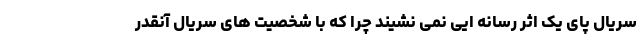
سریال پای یک اثر رسانه ایی نمی نشیند چرا که با شخصیت های سریال آنقدر